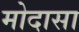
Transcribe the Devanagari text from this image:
मोदासा